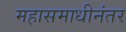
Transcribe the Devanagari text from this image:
महासमाधीनंतर